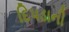
દિપડાની